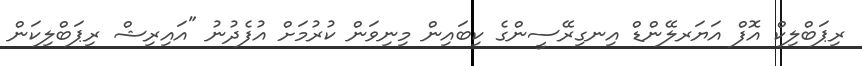
ރިޕަބްލިކް އޮފް އަޔަރލޭންޑް އިނގިރޭސީންގެ ކިބައިން މިނިވަން ކުރުމަށް އުފެދުނު "އައިރިޝް ރިޕަބްލިކަން